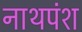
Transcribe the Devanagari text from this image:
नाथपंश